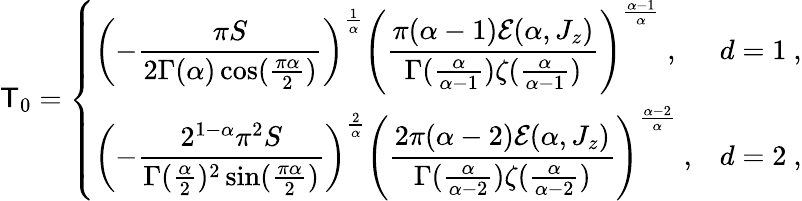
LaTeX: \mathsf{T}_{0}=\left\{ \begin{array}{ll}{\left(-{\displaystyle{\frac{\pi S}{2\Gamma(\alpha)\cos(\frac{\pi\alpha}{2})}}}\right)^{\frac 1\alpha}\left({\displaystyle{\frac{\pi(\alpha-1)\mathcal E(\alpha,J_{z})}{\Gamma(\frac{\alpha}{\alpha-1})\zeta(\frac{\alpha}{\alpha-1})}}}\right)^{\frac{\alpha-1}{\alpha}}~,}&{d=1~,}\\ {\left(-{\displaystyle{\frac{2^{1-\alpha}\pi^{2}S}{\Gamma(\frac\alpha 2)^{2}\sin(\frac{\pi\alpha}{2})}}}\right)^{\frac 2\alpha}\left({\displaystyle{\frac{2\pi(\alpha-2)\mathcal E(\alpha,J_{z})}{\Gamma(\frac{\alpha}{\alpha-2})\zeta(\frac{\alpha}{\alpha-2})}}}\right)^{\frac{\alpha-2}{\alpha}}~,}&{d=2~,}\end{array}\right.